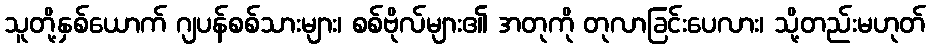
သူတို့နှစ်ယောက် ဂျပန်စစ်သားများ၊ စစ်ဗိုလ်များ၏ အတုကို တုလာခြင်းပေလား၊ သို့တည်းမဟုတ်